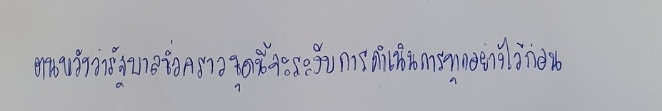
ตนหวังว่ารัฐบาลชั่วคราวชุดนี้จะระงับการดำเนินการทุกอย่างไว้ก่อน